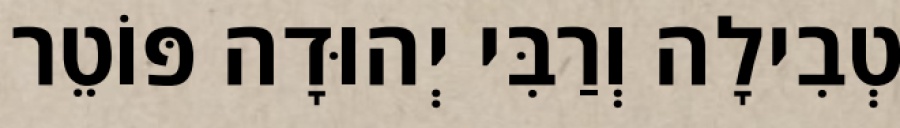
טְבִילָה וְרַבִּי יְהוּדָה פּוֹטֵר